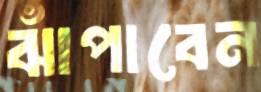
ঝাঁপাবেন